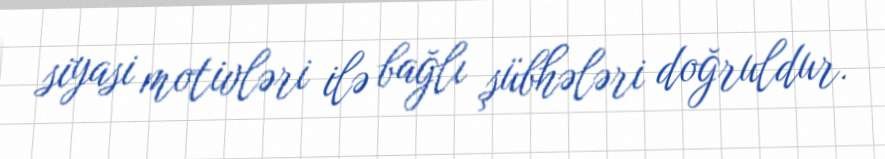
siyasi motivləri ilə bağlı şübhələri doğruldur.